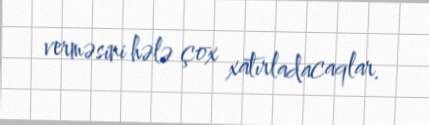
verməsini hələ çox xatırladacaqlar.